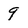
Character: 9